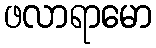
ဖလာရာမော